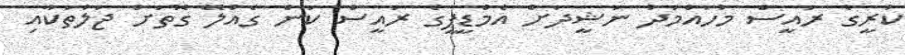
ކުރީގެ ރައީސް މުހައްމަދު ނަޝީދަށް އެމްޑީޕީގެ ރައީސް ކަން ގެއްލޭ ގޮތަށް ޖަލުތަކާއި